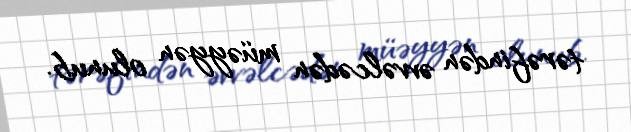
tərəfindən əvvəlcədən müəyyən olunub.